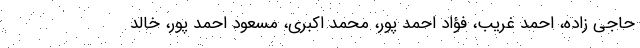
حاجی زاده، احمد غریب، فؤاد احمد پور، محمد اکبری، مسعود احمد پور، خالد